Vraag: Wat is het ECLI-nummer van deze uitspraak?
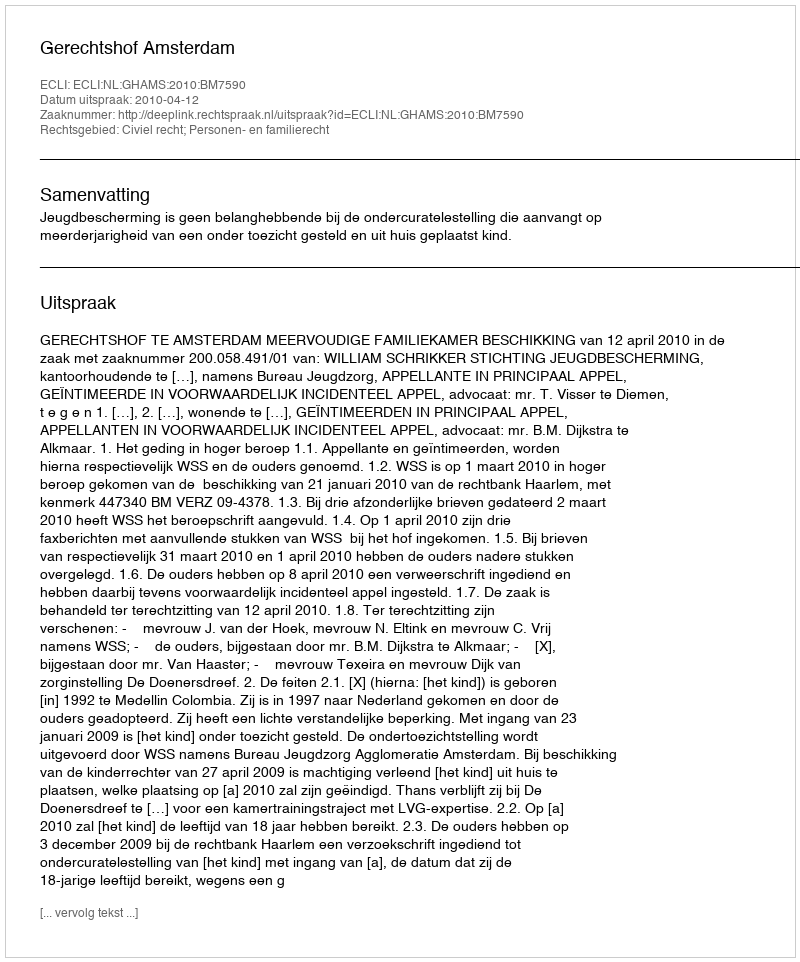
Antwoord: ECLI:NL:GHAMS:2010:BM7590